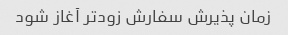
زمان پذیرش سفارش زودتر آغاز شود